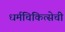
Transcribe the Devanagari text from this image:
धर्मचिकित्सेची